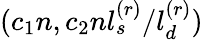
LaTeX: (c_{1}n,c_{2}nl_{s}^{(r)}/l_{d}^{(r)})